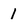
Character: 1